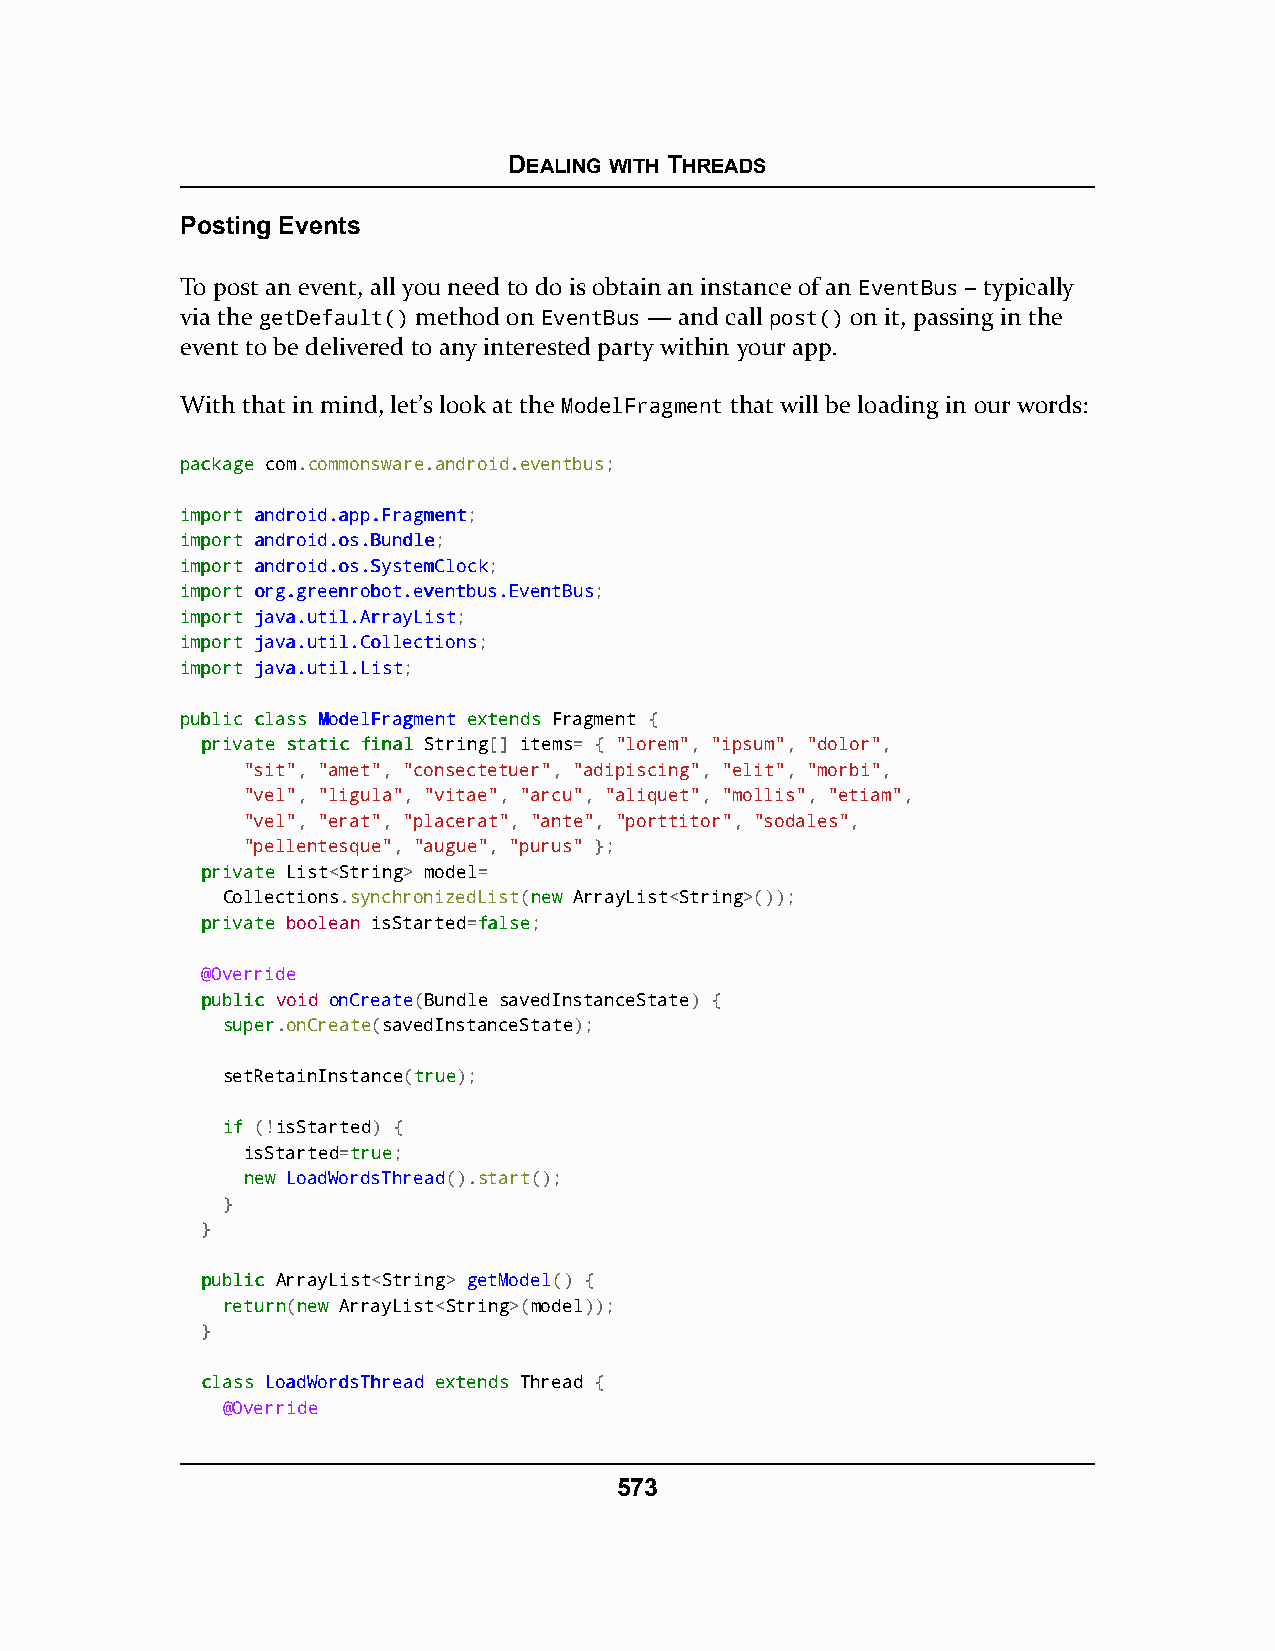
DEALING WITH THREADS
 Posting Events
 To post an event, all you need to do is obtain an instance of an EventBus – typically
 via the getDefault() method on EventBus — and call post() on it, passing in the
 event to be delivered to any interested party within your app.
 With that in mind, let’s look at the ModelFragment that will be loading in our words:
 ppaacckkaaggee com.commonsware.android.eventbus;
 iimmppoorrtt aannddrrooiidd..aapppp..FFrraaggmmeenntt;
 iimmppoorrtt aannddrrooiidd..ooss..BBuunnddllee;
 iimmppoorrtt aannddrrooiidd..ooss..SSyysstteemmCClloocckk;
 iimmppoorrtt oorrgg..ggrreeeennrroobboott..eevveennttbbuuss..EEvveennttBBuuss;
 iimmppoorrtt jjaavvaa..uuttiill..AArrrraayyLLiisstt;
 iimmppoorrtt jjaavvaa..uuttiill..CCoolllleeccttiioonnss;
 iimmppoorrtt jjaavvaa..uuttiill..LLiisstt;
 ppuubblliicc ccllaassss MMooddeellFFrraaggmmeenntt eexxtteennddss Fragment {
 pprriivvaattee ssttaattiicc ffiinnaall String[] items= { "lorem", "ipsum", "dolor",
 "sit", "amet", "consectetuer", "adipiscing", "elit", "morbi",
 "vel", "ligula", "vitae", "arcu", "aliquet", "mollis", "etiam",
 "vel", "erat", "placerat", "ante", "porttitor", "sodales",
 "pellentesque", "augue", "purus" };
 pprriivvaattee List<String> model=
 Collections.synchronizedList(nneeww ArrayList<String>());
 pprriivvaattee boolean isStarted=ffaallssee;
 @Override
 ppuubblliicc void onCreate(Bundle savedInstanceState) {
 ssuuppeerr.onCreate(savedInstanceState);
 setRetainInstance(ttrruuee);
 iiff (!isStarted) {
 isStarted=ttrruuee;
 nneeww LoadWordsThread().start();
 }
 }
 ppuubblliicc ArrayList<String> getModel() {
 rreettuurrnn(nneeww ArrayList<String>(model));
 }
 ccllaassss LLooaaddWWoorrddssTThhrreeaadd eexxtteennddss Thread {
 @Override
 573